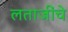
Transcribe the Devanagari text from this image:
लताजींचे